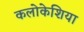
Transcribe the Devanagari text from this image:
कलोकेशिया